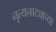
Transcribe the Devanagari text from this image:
नृत्यनाट्याच्या